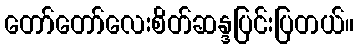
တော်တော်လေးစိတ်ဆန္ဒပြင်းပြတယ်။